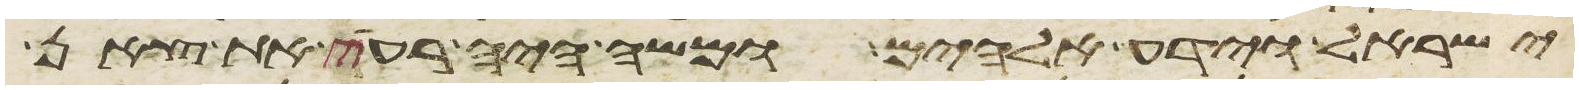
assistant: ישראל וידע אלהים ומשה היה רעה את צאן